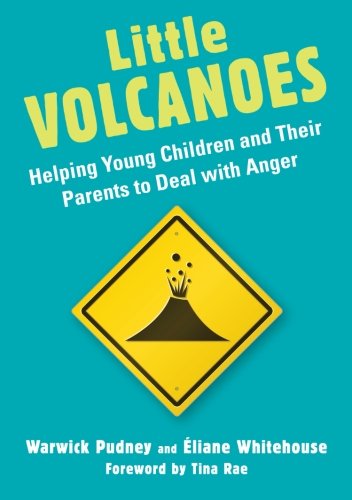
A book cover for Little Volcanoes: Helping Young Children and Their Parents to Deal with Anger; Warwick Pudney; Self-Help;